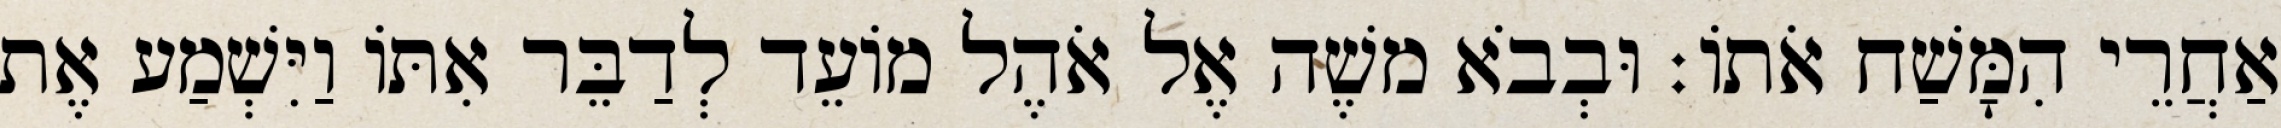
אַחֲרֵי הִמָּשַׁח אֹתוֹ׃ וּבְבֹא משֶׁה אֶל אֹהֶל מוֹעֵד לְדַבֵּר אִתּוֹ וַיִּשְׁמַע אֶת